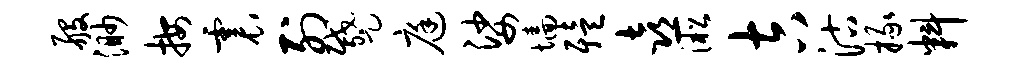
般渺按震列蹙庭娑墙殪喜淞吉沽掾料